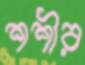
শশীর